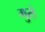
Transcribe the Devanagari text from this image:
गुसे